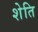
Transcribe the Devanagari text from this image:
शेति